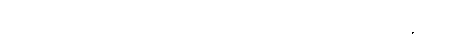
ကျောက်ညိုဖြင့် ပြီးကုန်သော။ ပတ္တေ၊ သပိတ်တို့ကို။ ဥပနာမေသုံ၊ ကပ်ကုန်၏။ သတ္ထာ၊